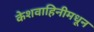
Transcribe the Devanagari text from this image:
केशवाहिनीमधून